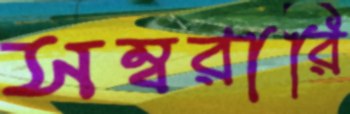
সম্বরারি